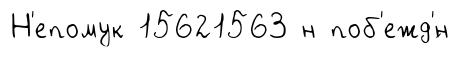
Н'епомук 15621563 н поб'ежд'́н